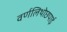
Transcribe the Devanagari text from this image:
वर्णलिथोछपाई